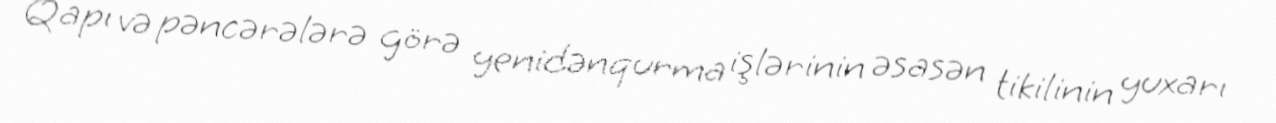
Qapı və pəncərələrə görə yenidənqurma işlərinin əsasən tikilinin yuxarı